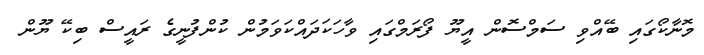
މޮނާކޯގައި ބޭއްވި ސަމްސޮން އީޔޫ ފޯރަމްގައި ވާހަކަދައްކަވަމުން ކުންފުނީގެ ރައީސް ބިކޭ ޔޫން